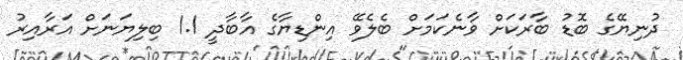
ދުނިޔޭގެ ބޮޑު ބާރަކަށް ވާނެކަމަށް ބެލެވޭ އިންޑިޔާގެ އާބާދީ 1.1 ބިލިޔަނަށް އަރާއިރު